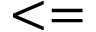
< =